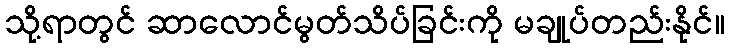
သို့ရာတွင် ဆာလောင်မွတ်သိပ်ခြင်းကို မချုပ်တည်းနိုင်။